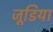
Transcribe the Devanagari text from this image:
जूडिया